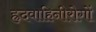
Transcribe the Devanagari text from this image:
ह्रदवाहिनीरोगों